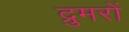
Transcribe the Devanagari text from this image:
द्रुमरों